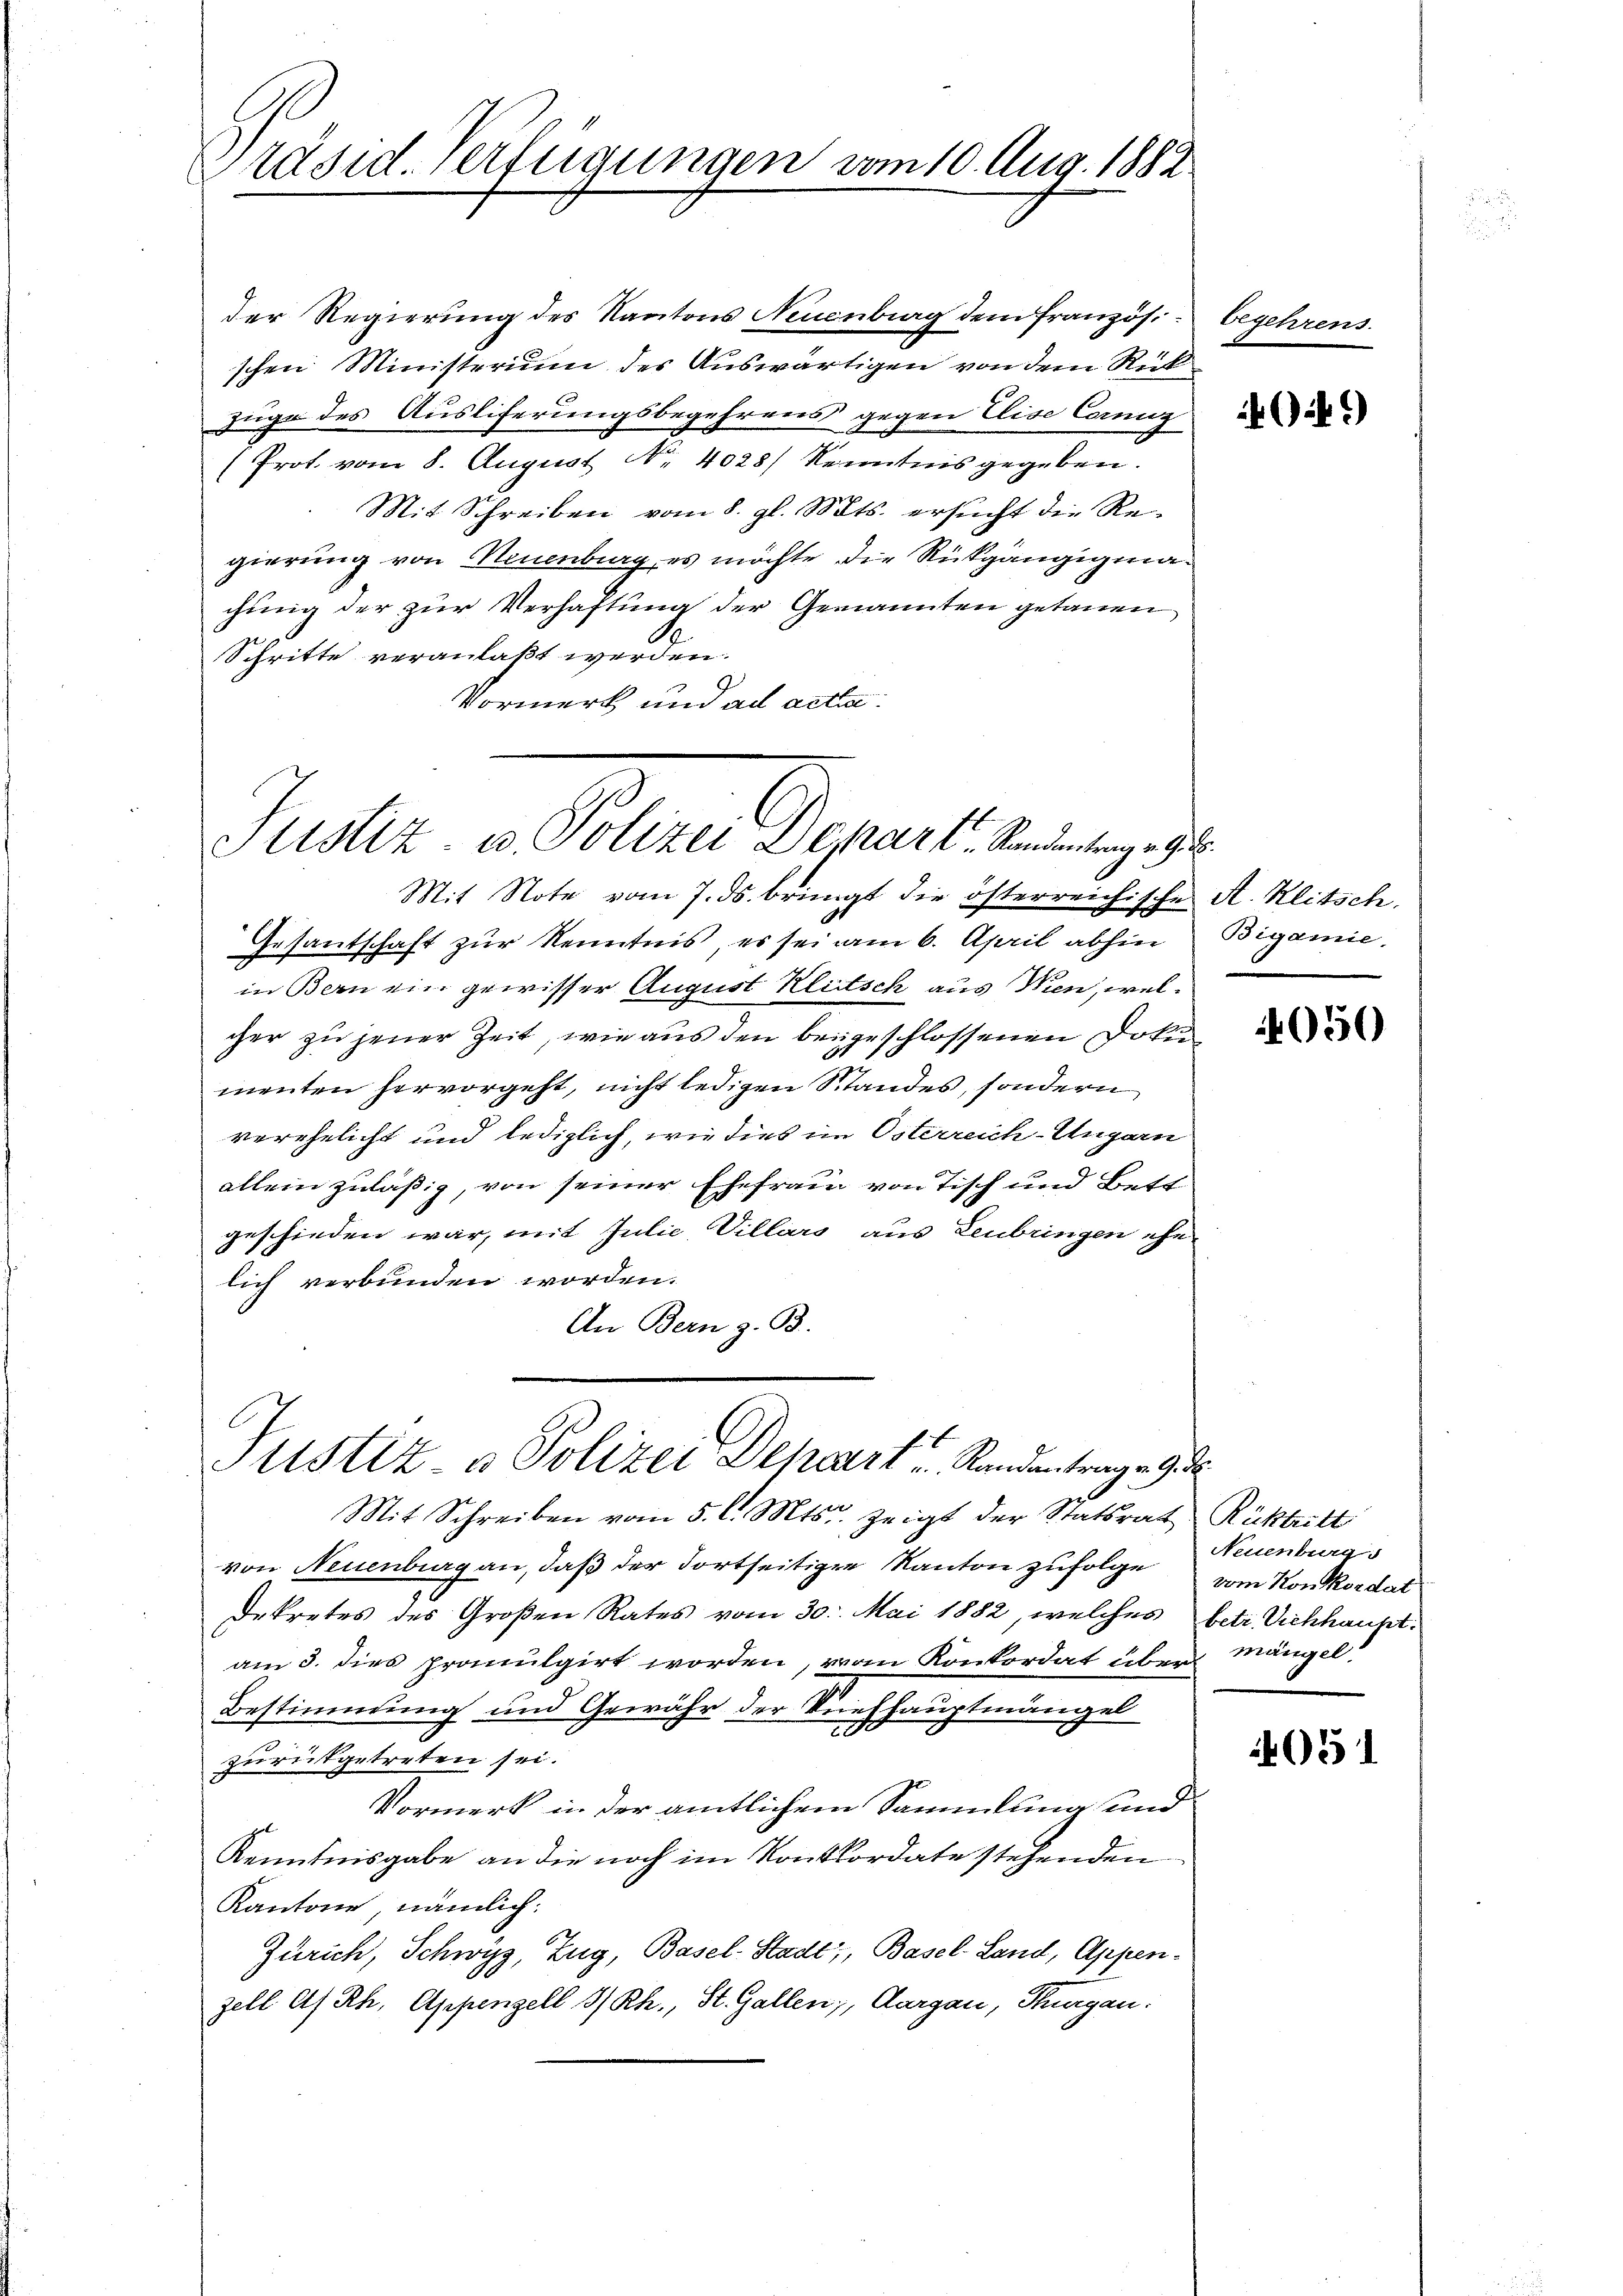
Präsid. Verfügungen vom 10. Aug. 1882.

der Regierung des Kantons Neuenburg dem französi
schen Ministerium des Auswärtigen von dem Rück
Zuge des Ausliferungsbegehrens gegen Elise Conz
(Prot vom 8. August No. 4028) Kenntnis gegeben.
Mit Schreiben vom 8. gl. Mts. ersucht die Regierung von Neuenburg, es möchte die Rückgängigmachung der zur Verhaftung der Genannten getauen
S
Schritte veranlaßt werden.
Vormerk und ad acti

Justiz, u. Petern Depart. Sendung

Mit Note vom 7. ds. bringt die österreichische A. Klitsch.
Gesantschaft zur Kenntnis, es sei am 6. April abhin
in Bern ein gewisser August Klitsch aus Wien, welcher zu jener Zeit, wie aus den beigeschlossenen Dokumenten hervorgeht, nicht ledigen Standes, sondern
verehelicht und lediglich, wie dies im Osterreich-Ungarn
allein zuläßig, von seiner Ehefrau von Tisch und Bett
geschieden war, mit Julie, Villars aus Leubringen ehe
lich verbunden worden.
An Bern z. B.

Justiz- & Polizei Dehart u. Randantragen 9. d

Mit Schreiben vom 5. l. Mts. zeigt der Statsrat Rücktritt
von Neuenburg an, daß der dortseitigen Kanton zufolge vom Konkordat
Dekretes des Großen Rates vom 30. Mai 1882, welches betr. Vichhauptam 3. dies promulgirt worden, von Konkordat über
Bestimmung und Gewähr der Viehhauptmängel
zurückgetreten sei.
Vormerk in der amtlichem Sammlung und
Kenntnisgabe an die noch im Konkordate stehenden
Kantone, nämlich:
Zürich, Schwyz, Zug, Basel-Stadt, Basel-Land, Appen-
zell A. Rh. Appenzell I/Rh., St. Gallen, Aargau, Thurgau:

begehrens.

(i.)

9. 16.
Bigamie

4050

Neuenburg
mängel.

4051